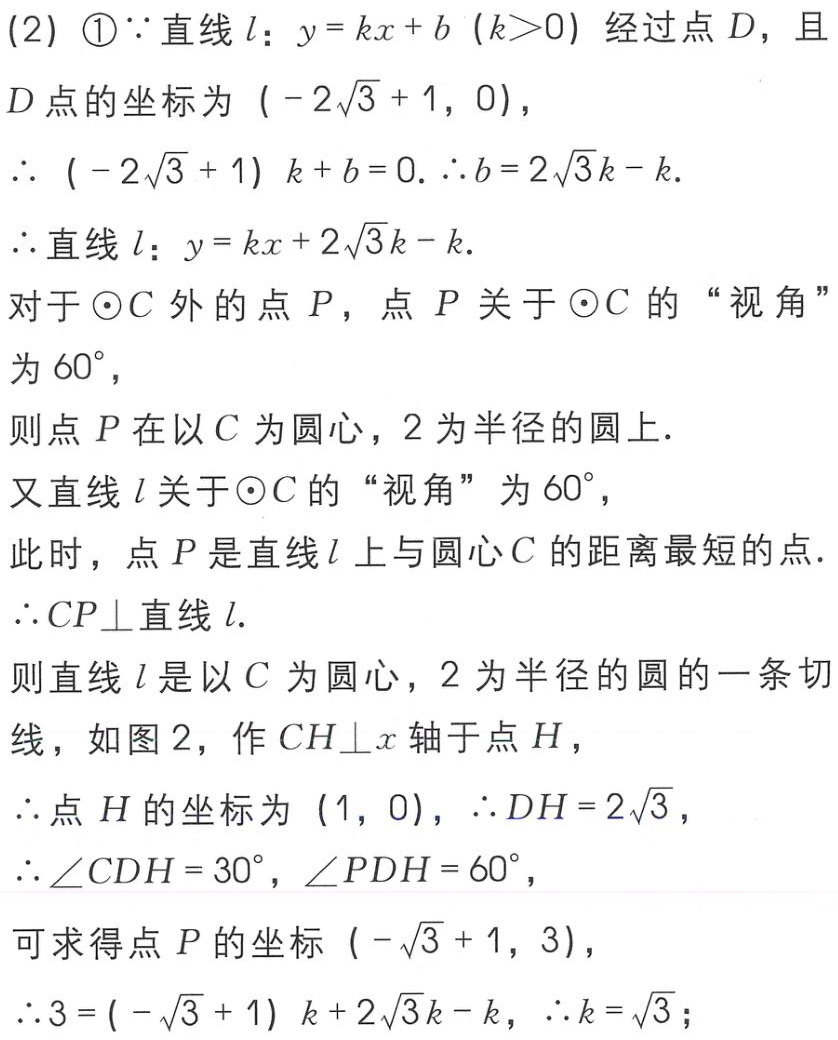
(2) \textcircled{1}$\because$直线$l$：$y = kx + b\ (k>0)$ 经过点$D$，且
$D$点的坐标为 $(-2\sqrt{3}+1,0)$，
$\therefore\ (-2\sqrt{3}+1)k + b = 0.\ \therefore b = 2\sqrt{3}k - k.$
$\therefore$直线$l$：$y = kx + 2\sqrt{3}k - k.$
对于$\odot C$外的点$P$，点$P$关于$\odot C$的“视角”
为$60^{\circ}$，
则点$P$在以$C$为圆心，$2$为半径的圆上.
又直线$l$关于$\odot C$的“视角”为$60^{\circ}$，
此时，点$P$是直线$l$上与圆心$C$的距离最短的点.
$\therefore CP\perp$直线$l$.
则直线$l$是以$C$为圆心，$2$为半径的圆的一条切
线，如图$2$，作$CH\perp x$轴于点$H$，
$\therefore$点$H$的坐标为 $(1,0)$，$\therefore DH = 2\sqrt{3}$，
$\therefore\angle CDH = 30^{\circ}$，$\angle PDH = 60^{\circ}$，
可求得点$P$的坐标 $(-\sqrt{3}+1,3)$，
$\therefore 3 = (-\sqrt{3}+1)k + 2\sqrt{3}k - k$，$\therefore k = \sqrt{3}$；